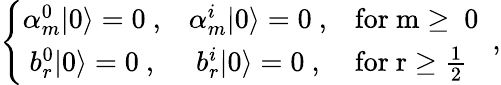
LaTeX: \left\{ \begin{array}{ccl}{{\alpha_{m}^{0}|0\rangle=0~,}}&{{\alpha_{m}^{i}|0\rangle=0~,}}&{{\mathrm{for~m\geq~0~}}}\\ {{b_{r}^{0}|0\rangle=0~,}}&{{b_{r}^{i}|0\rangle=0~,}}&{{\mathrm{for~r\geq\frac{1}{2}~}}}\end{array}\right.~,